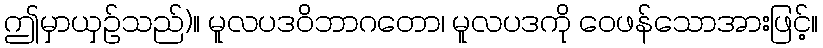
ဤမှာယှဉ်သည်)။ မူလပဒဝိဘာဂတော၊ မူလပဒကို ဝေဖန်သောအားဖြင့်။